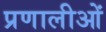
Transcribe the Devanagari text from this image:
प्रणालीओं